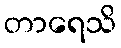
တာရေသိ